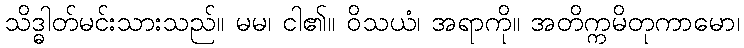
သိဒ္ဓါတ်မင်းသားသည်။ မမ၊ ငါ၏။ ဝိသယံ၊ အရာကို။ အတိက္ကမိတုကာမော၊